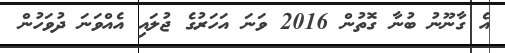
އެ ގާނޫނު ބުނާ ގޮތުން 2016 ވަނަ އަހަރުގެ ޖުލައި އެއްވަނަ ދުވަހުން